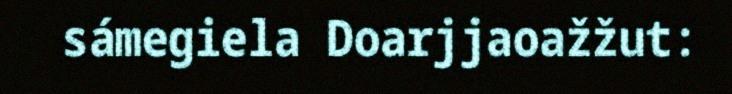
sámegiela Doarjjaoažžut: